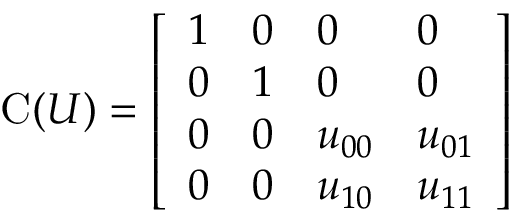
{ \mathrm { C } } ( U ) = { \left[ \begin{array} { l l l l } { 1 } & { 0 } & { 0 } & { 0 } \\ { 0 } & { 1 } & { 0 } & { 0 } \\ { 0 } & { 0 } & { u _ { 0 0 } } & { u _ { 0 1 } } \\ { 0 } & { 0 } & { u _ { 1 0 } } & { u _ { 1 1 } } \end{array} \right] }